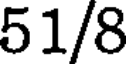
51/8